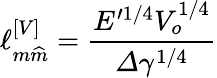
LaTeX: \ell_{m\widehat{m}}^{\left[V\right]}=\frac{E^{\prime 1/4}V_{o}^{1/4}}{\varDelta\gamma^{1/4}}